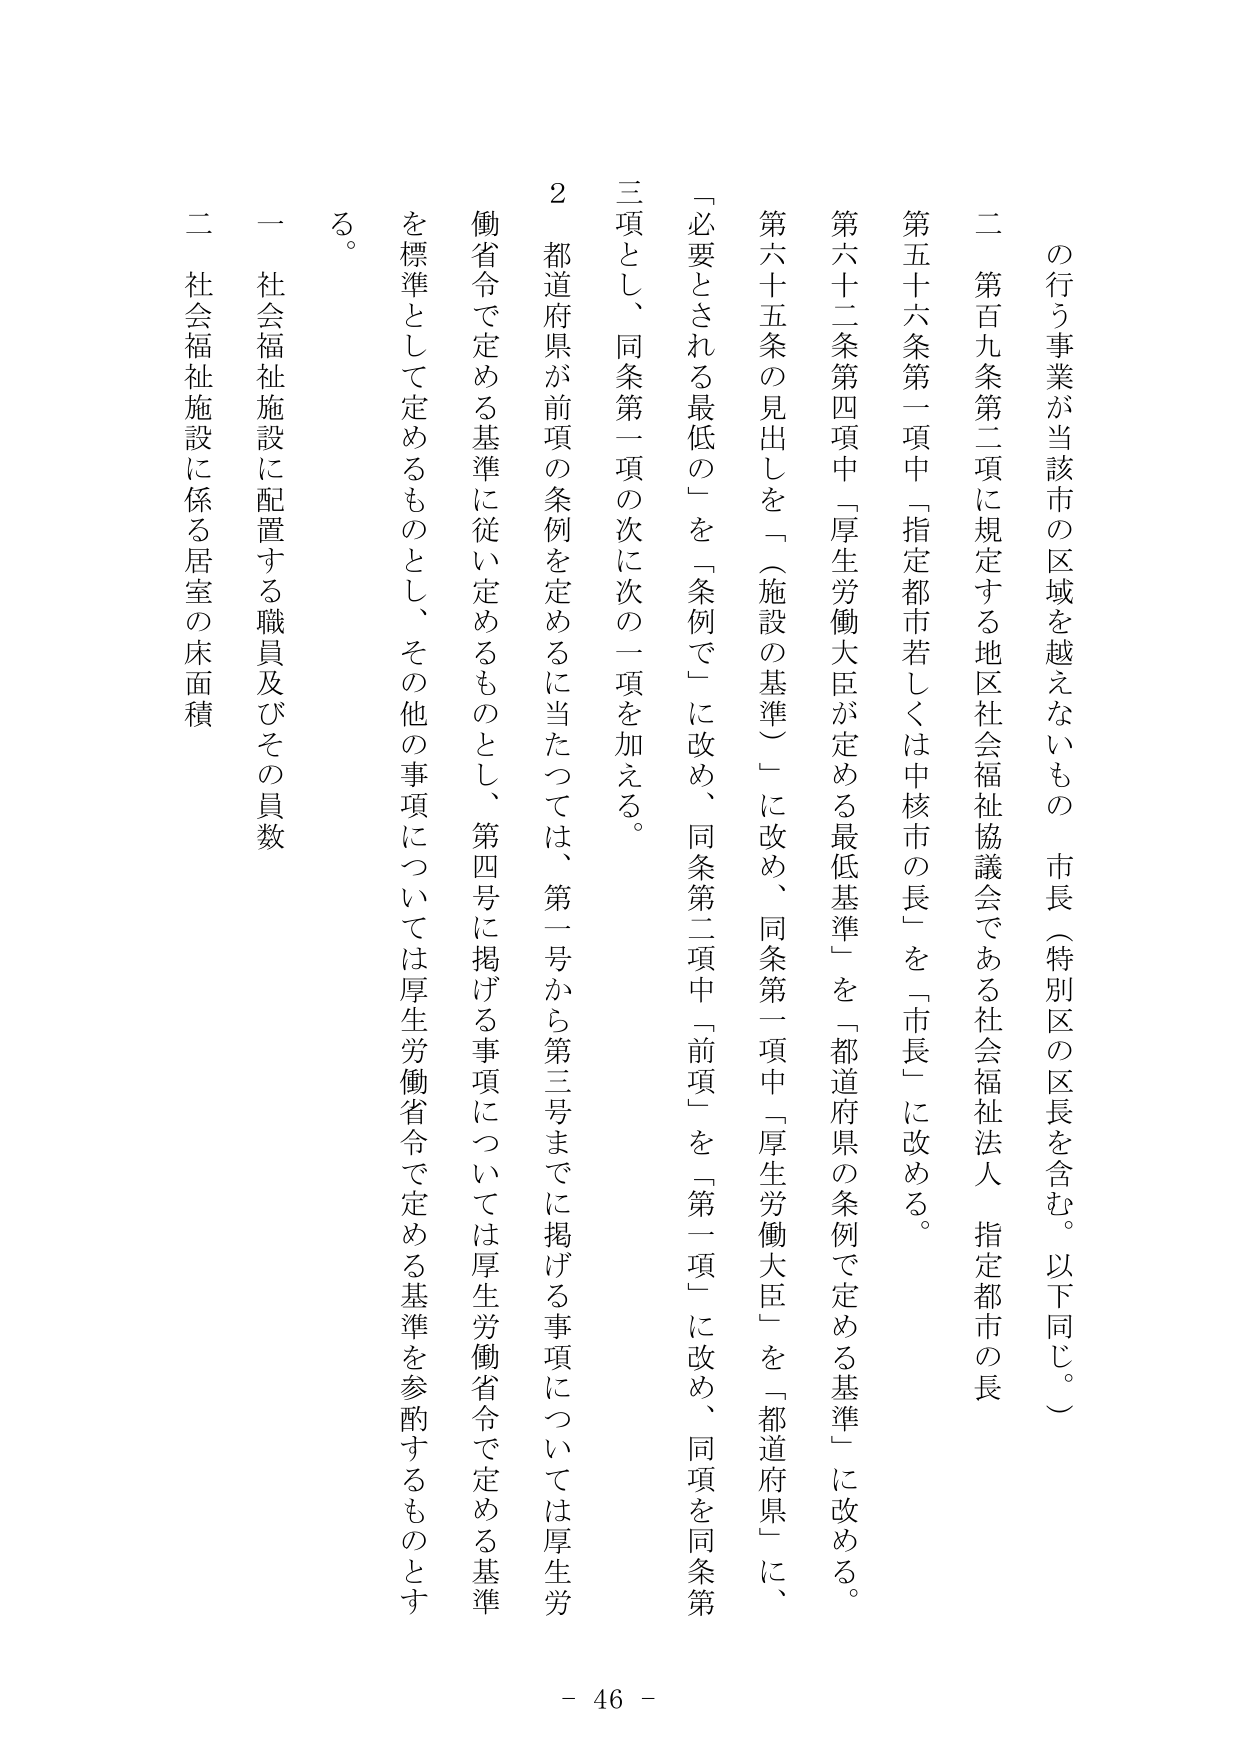
の行う事業が当該市の区域を越えないもの 市長（特別区の区長を含む。以下同じ。）

二 第百九条第二項に規定する地区社会福祉協議会である社会福祉法人、指定都市の長

第五十六条第一項中「指定都市若しくは中核市の長」を「市長」に改める。

第六十二条第四項中「厚生労働大臣が定める最低基準」を「都道府県の条例で定める基準」に改める。

第六十五条の見出しを「（施設の基準）」に改め、同条第一項中「厚生労働大臣」を「都道府県」に、「必要とされる最低の」を「条例で」に改め、同条第二項中「前項」を「第一項」に改め、同項を同条第三項とし、同条第一項の次に次の一項を加える。

２ 都道府県が前項の条例を定めるに当たっては、第一号から第三号までに掲げる事項については厚生労働省令で定める基準に従い定めるものとし、第四号に掲げる事項については厚生労働省令で定める基準を標準として定めるものとし、その他の事項については厚生労働省令で定める基準を参酌するものとする。

一 社会福祉施設に配置する職員及びその員数

二 社会福祉施設に係る居室の床面積

- 46 -